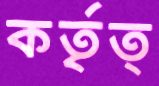
কর্তৃত্